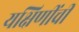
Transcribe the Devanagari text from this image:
यक्षिणींची